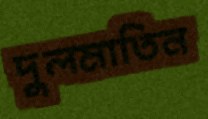
দুলমাতিন